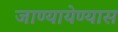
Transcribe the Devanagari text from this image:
जाण्यायेण्यास